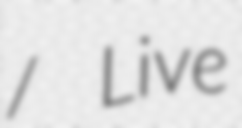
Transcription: / Live